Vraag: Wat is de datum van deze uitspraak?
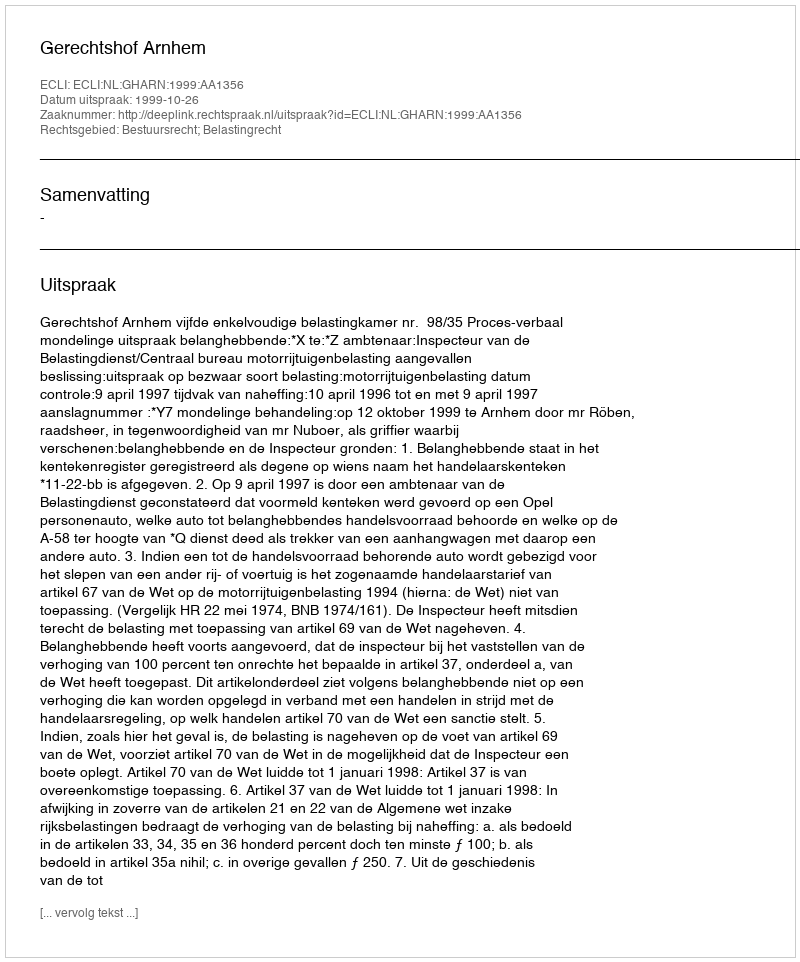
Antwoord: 1999-10-26